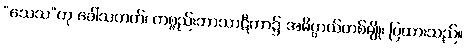
“သေသ”ဟု ခေါ်သတတ်၊ ကစ္စည်းဘာသာဋီကာ၌ အဓိပ္ပာယ်တစ်မျိုး ပြထားသည်။